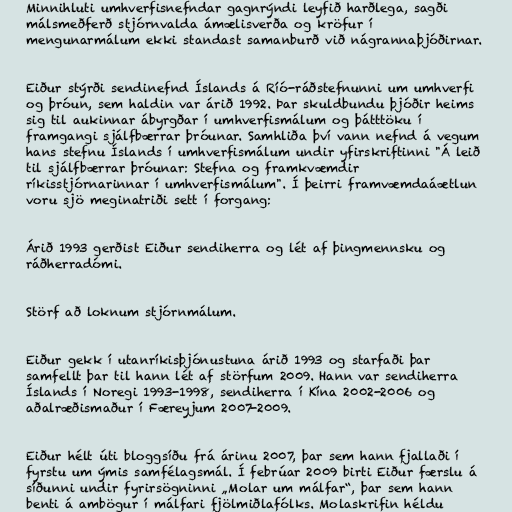
Minnihluti umhverfisnefndar gagnrýndi leyfið harðlega, sagði
málsmeðferð stjórnvalda ámælisverða og kröfur í
mengunarmálum ekki standast samanburð við nágrannaþjóðirnar.

Eiður stýrði sendinefnd Íslands á Ríó-ráðstefnunni um umhverfi
og þróun, sem haldin var árið 1992. Þar skuldbundu þjóðir heims
sig til aukinnar ábyrgðar í umhverfismálum og þátttöku í
framgangi sjálfbærrar þróunar. Samhliða því vann nefnd á vegum
hans stefnu Íslands í umhverfismálum undir yfirskriftinni "Á leið
til sjálfbærrar þróunar: Stefna og framkvæmdir
ríkisstjórnarinnar í umhverfismálum". Í þeirri framvæmdaáætlun
voru sjö meginatriði sett í forgang:

Árið 1993 gerðist Eiður sendiherra og lét af þingmennsku og
ráðherradómi.

Störf að loknum stjórnmálum.

Eiður gekk í utanríkisþjónustuna árið 1993 og starfaði þar
samfellt þar til hann lét af störfum 2009. Hann var sendiherra
Íslands í Noregi 1993-1998, sendiherra í Kína 2002-2006 og
aðalræðismaður í Færeyjum 2007-2009.

Eiður hélt úti bloggsíðu frá árinu 2007, þar sem hann fjallaði í
fyrstu um ýmis samfélagsmál. Í febrúar 2009 birti Eiður færslu á
síðunni undir fyrirsögninni „Molar um málfar“, þar sem hann
benti á ambögur í málfari fjölmiðlafólks. Molaskrifin héldu